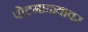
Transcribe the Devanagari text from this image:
पोटमाळ्यावर